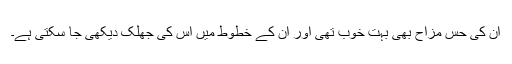
ان کی حس مزاح بھی بہت خوب تھی اور ان کے خطوط میں اس کی جھلک دیکھی جا سکتی ہے۔